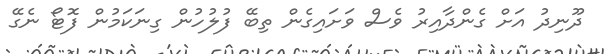
ދޫނިދު އަށް ގެންދާއިރު ވެސް ވަށައިގެން ތިބޭ ފުލުހުން ގިނަކަމުން ފޮޓޯ ނެގޭ